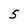
Character: S